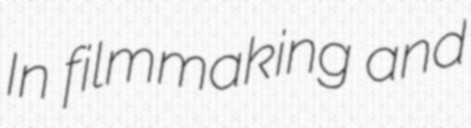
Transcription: In filmmaking and